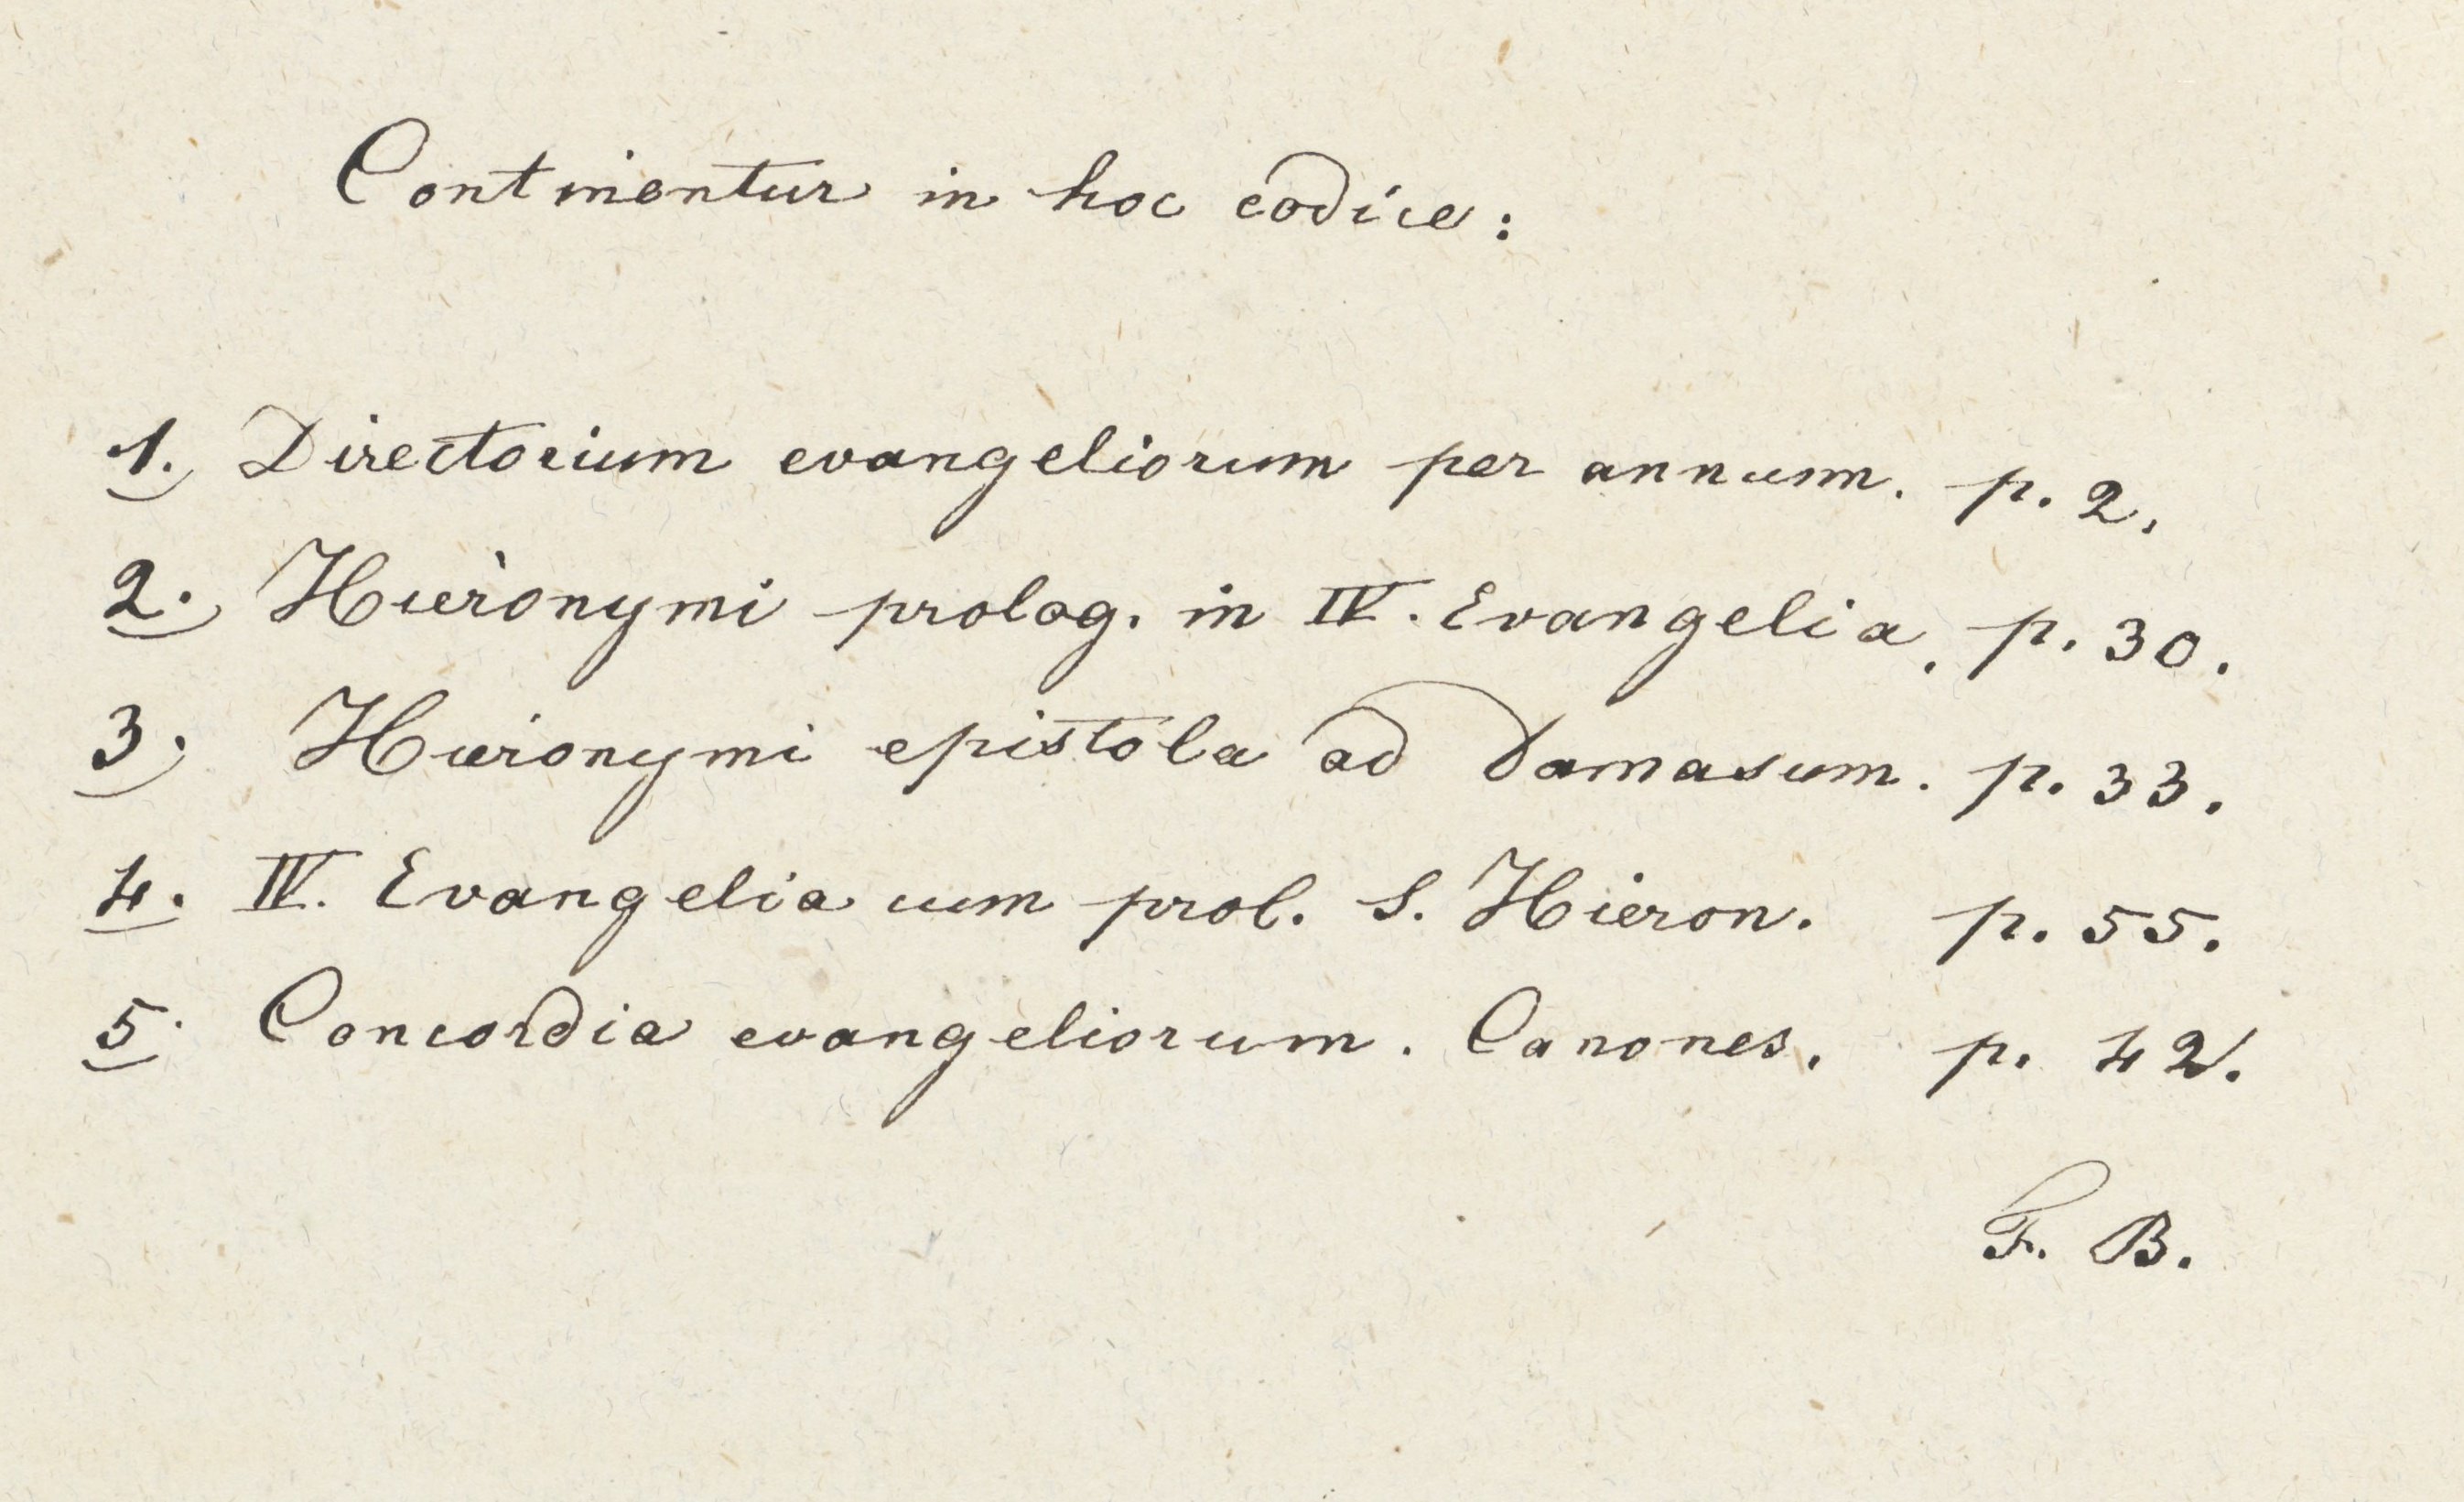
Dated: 800–899